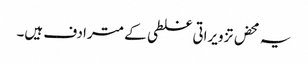
یہ محض تزویراتی غلطی کے مترادف ہیں۔